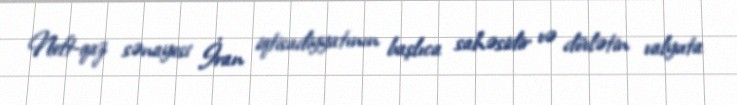
Neft-qaz sənayesi İran iqtisadiyyatının başlıca sahəsidir və dövlətin valyuta